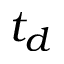
t _ { d }